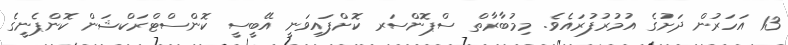
13 އަހަރުން ދަށުގެ އުމުރުފުރައެވެ. މިމުބާރާތް ސްޕޮންސަރ ކޮށްފައިވަނީ އޭބީސީ ކޮންސްޓްރަކްޝަން ކޮންޕެނީގެ